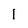
Character: 1